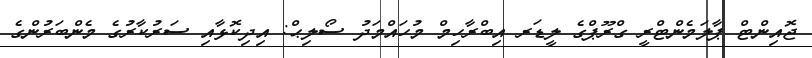
ޖޮއިންޓް ޕާލަމެންޓްރީ ގްރޫޕްގެ ލީޑަރ އިބްރާހިމް މުހައްމަދު ސޯލިޙް: އިދިކޮޅާއި ސަރުކާރުގެ މެންބަރުންގެ